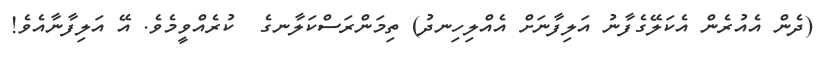
(ދެން އެއުރެން އެކަލޭގެފާނު އަލިފާނަށް އެއްލިހިނދު) ތިމަންރަސްކަލާނގެ  ކުރެއްވީމެވެ. އޭ އަލިފާނާއެވެ!